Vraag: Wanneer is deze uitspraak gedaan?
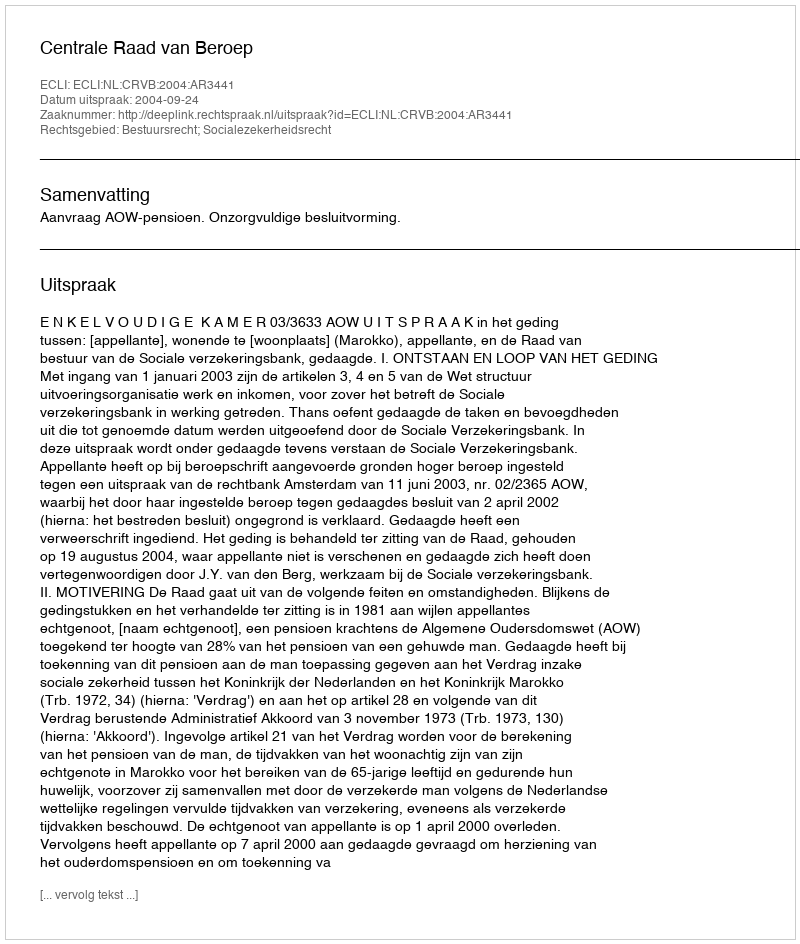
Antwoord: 2004-09-24